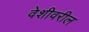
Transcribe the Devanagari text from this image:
वेशीवरील